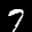
Label: 7